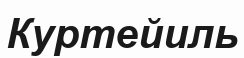
Куртейиль